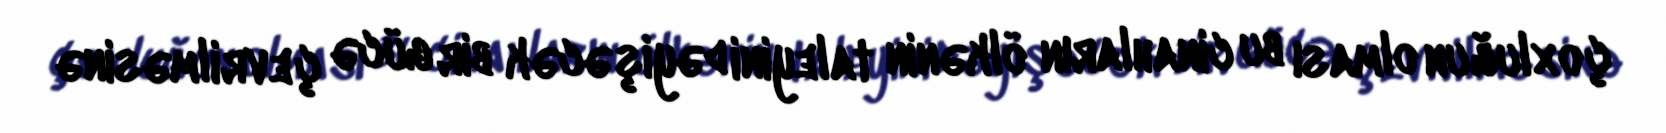
çoxluğun olması bu cinahların ölkənin taleyini dəyişəcək bir gücə çevrilməsinə